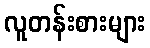
လူတန်းစားများ